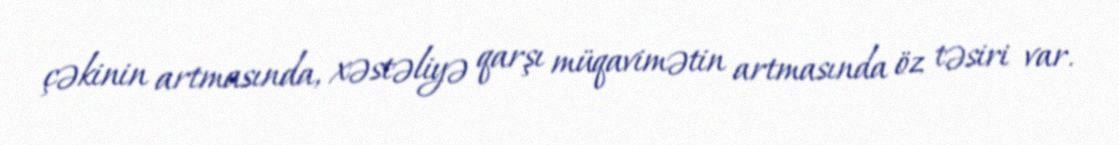
çəkinin artmasında, xəstəliyə qarşı müqavimətin artmasında öz təsiri var.